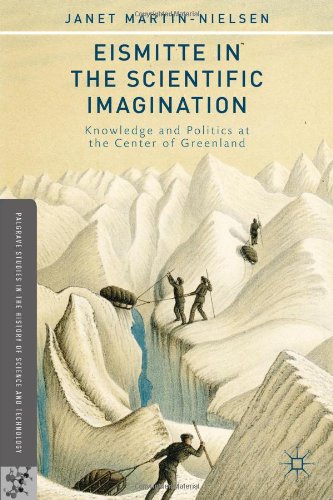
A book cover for Eismitte in the Scientific Imagination: Knowledge and Politics at the Center of Greenland (Palgrave Studies in the History of Science and Technology); Janet Martin-Nielsen; History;